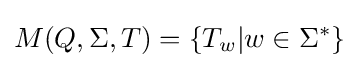
M(Q,\Sigma ,T)=\{T_{w}\vert w\in \Sigma ^{*}\}